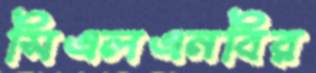
সিএলএনবির